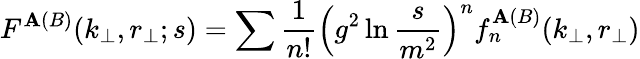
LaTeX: F^{\mathbf{A}(B)}(k_{\perp},r_{\perp};s)=\sum{\frac{{1}}{{n!}}}\left(g^{2}\ln{\frac{{s}}{{m^{2}}}}\right)^{n}f_{n}^{\mathbf{A}(B)}(k_{\perp},r_{\perp})